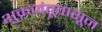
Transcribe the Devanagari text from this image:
शुक्रजंतूपासून